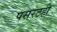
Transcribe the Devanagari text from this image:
पसरटही